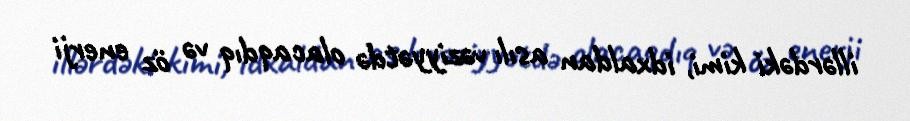
illərdəki kimi, idxaldan asılı vəziyyətdə olacaqdıq və öz enerji